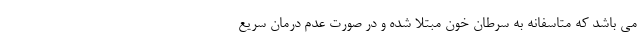
می باشد که متاسفانه به سرطان خون مبتلا شده و در صورت عدم درمان سریع